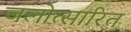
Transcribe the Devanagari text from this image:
जलोत्सारित